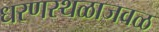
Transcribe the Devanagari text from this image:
धरणस्थळाजवळ